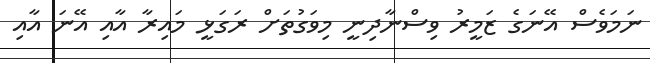
ނަމަވެސް އޭނަގެ ޒަމީރު ވިސްނާދިނީ މިވަގުތަށް ރަގަޅީ މައިރާ އާއި އޭނަ އާއި